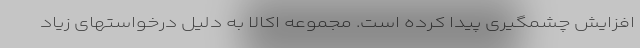
افزایش چشمگیری پیدا کرده است. مجموعه اکالا به دلیل درخواستهای زیاد